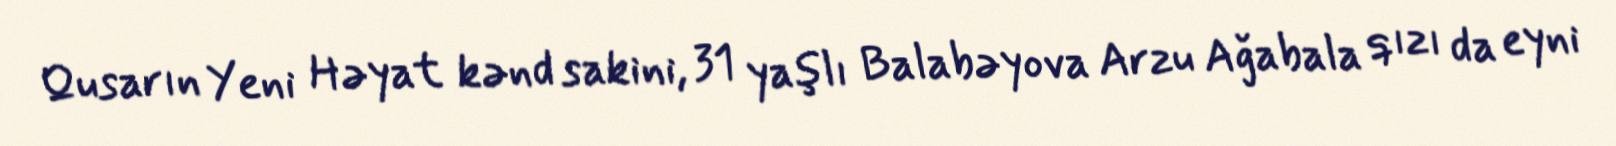
Qusarın Yeni Həyat kənd sakini, 31 yaşlı Balabəyova Arzu Ağabala qızı da eyni